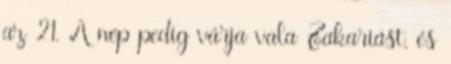
az 21. A nép pedig várja vala Zakariást, és